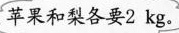
苹果和梨各要2kg。